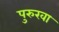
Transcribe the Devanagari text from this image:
पुरुखा